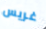
غريس